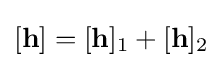
[\mathbf {h} ]=[\mathbf {h} ]_{1}+[\mathbf {h} ]_{2}